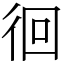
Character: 徊